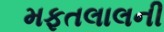
મફતલાલની